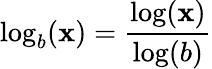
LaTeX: \log_{b}(\mathbf{x})={\frac{{\log(\mathbf{x})}}{{\log(b)}}}